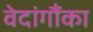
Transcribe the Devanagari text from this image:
वेदांगौंका